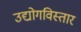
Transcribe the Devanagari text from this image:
उद्योगविस्तार